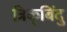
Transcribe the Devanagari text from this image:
त्रिक्‌बिंदु